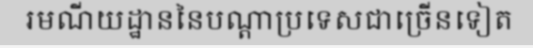
រមណីយដ្ឋាននៃបណ្តាប្រទេសជាច្រើនទៀត